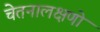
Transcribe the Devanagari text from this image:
चेतनालक्षणो